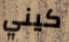
كيني